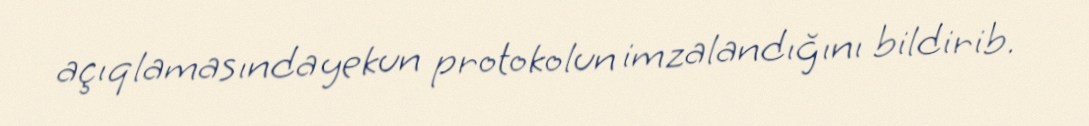
açıqlamasında yekun protokolun imzalandığını bildirib.